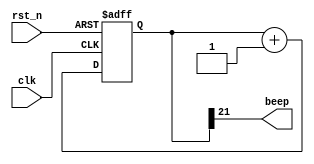
module Freq_div(clk,rst_n,beep);

input clk;  //50MHz
input rst_n;    //
output beep;  //0--1--

reg[21:0] cnt;

always @(posedge clk or negedge rst_n)
	 if(!rst_n) cnt <= 22'd0;
    else cnt <= cnt+1'b1;

assign beep = cnt[21];

endmodule